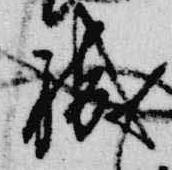
職